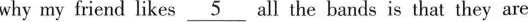
why my friend likes \underline{5} all the hands is that they are